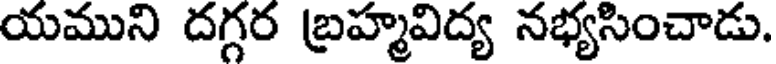
యముని దగ్గర బ్రహ్మవిద్య నభ్యసించాడు.